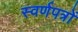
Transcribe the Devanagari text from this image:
स्वर्णपत्रों